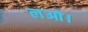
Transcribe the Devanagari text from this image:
लओ।